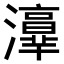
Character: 𤂸